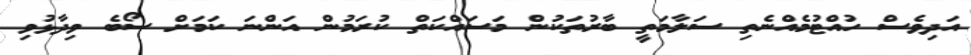
އަދިވެސް ހުއްޓުމެއްނެތި ސަލާމަތީ ބާރުތަކުން މަސައްކަތް ކުރަމުން އަންނަ ކަމަށް ސޯބެ ވިދާޅުވި